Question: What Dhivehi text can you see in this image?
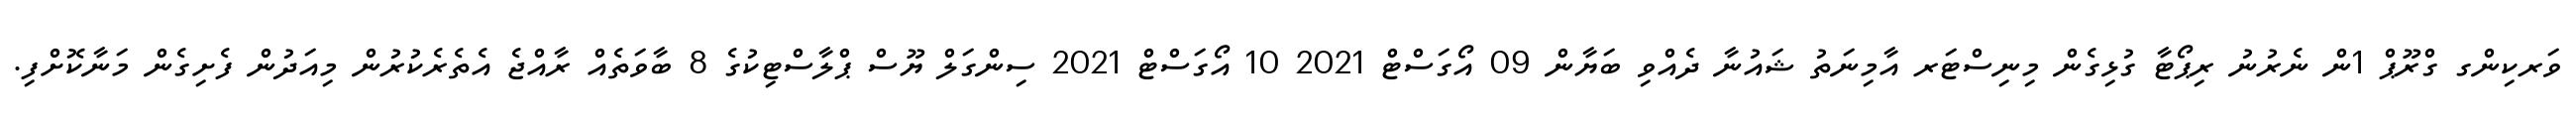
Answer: ވަރކިންގ ގްރޫޕް 1ން ނެރުނު ރިޕޯޓާ ގުޅިގެން މިނިސްޓަރ އާމިނަތު ޝައުނާ ދެއްވި ބަޔާން 09 އޯގަސްޓް 2021 10 އޯގަސްޓް 2021 ސިންގަލް ޔޫސް ޕްލާސްޓިކުގެ 8 ބާވަތެއް ރާއްޖެ އެތެރެކުރުން މިއަދުން ފެށިގެން މަނާކޮށްފި.